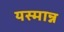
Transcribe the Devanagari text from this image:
यस्मान्न